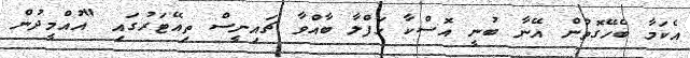
އެކަމާ ބެހޭގޮތުން އޭނާ ބުނީ އޮސްކާ ހަފްލާ ބާއްވާ ޗައިނީސް ތިއޭޓަރުގައި "އުއްމީދުން